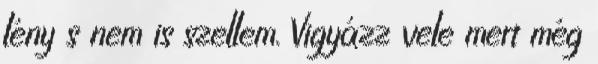
lény s nem is szellem. Vigyázz vele mert még